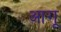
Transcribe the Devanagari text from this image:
आगू